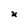
Character: U